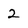
Character: 2